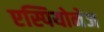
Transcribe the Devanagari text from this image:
एस्पियोनेज